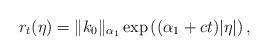
LaTeX: \begin{align*} r_t(\eta) = \|k_0\|_{\alpha_1}\exp\left( (\alpha_1 + ct)|\eta|\right),\end{align*}